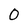
Character: 0